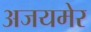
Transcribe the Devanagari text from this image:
अजयमेर